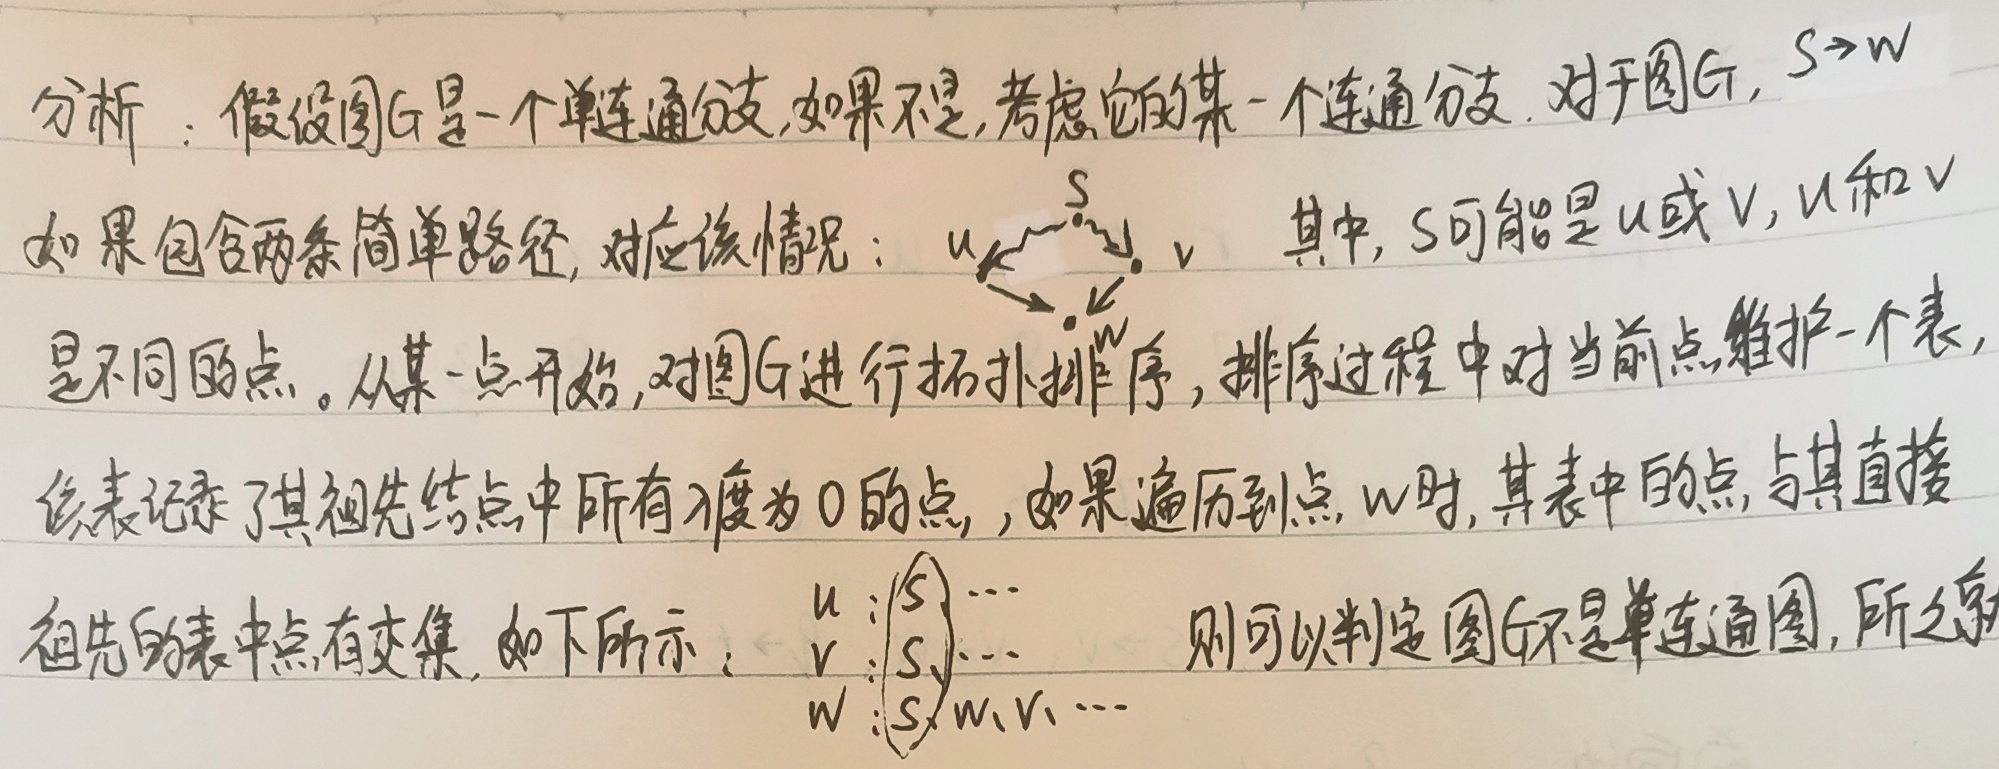
假设图\(G\)是一个单连通分支，如果不是，考虑它的某一个连通分支。对于图\(G\)，\(s \to w\)如果包含两条简单路径，对应这种情况：\(u \stackrel{s}{\longleftrightarrow} v\)，其中，\(s\)可能是\(u\)或\(v\)，\(u\)和\(v\)是不同的点。从某一点开始，对图\(G\)进行拓扑排序，排序过程中对当前点维护一个表，该表记录了其祖先结点中所有入度为\(0\)的点，如果遍历到点\(w\)时，其表中的点，与其直接祖先的表中点有交集，如下所示：
\[\begin{matrix}
u & : & \{s\} & \cdots \\
v & : & \{s\} & \cdots \\
w & : & \{s, w, v, \cdots\}
\end{matrix}\]
则可以判定图\(G\)不是单连通图，反之就